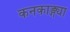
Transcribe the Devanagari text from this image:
कनकाङ्ग्या